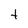
Character: t